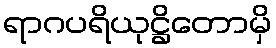
ရာဂပရိယုဋ္ဌိတောမှိ